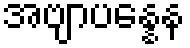
အဗျာပန္နေန